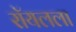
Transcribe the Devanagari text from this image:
रॉयलला